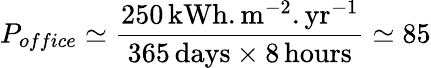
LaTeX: P_{office}\simeq\frac{250\, \mathrm{kWh.m^{-2}.yr^{-1}}}{365\mathrm{\, days\times 8\, hours}}\simeq 85